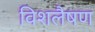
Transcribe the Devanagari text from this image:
विशलैषण